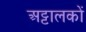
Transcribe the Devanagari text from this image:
अट्टालकों